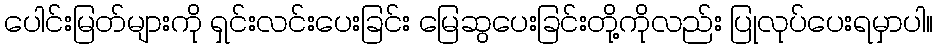
ပေါင်းမြတ်များကို ရှင်းလင်းပေးခြင်း မြေဆွပေးခြင်းတို့ကိုလည်း ပြုလုပ်ပေးရမှာပါ။